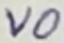
Text: VO